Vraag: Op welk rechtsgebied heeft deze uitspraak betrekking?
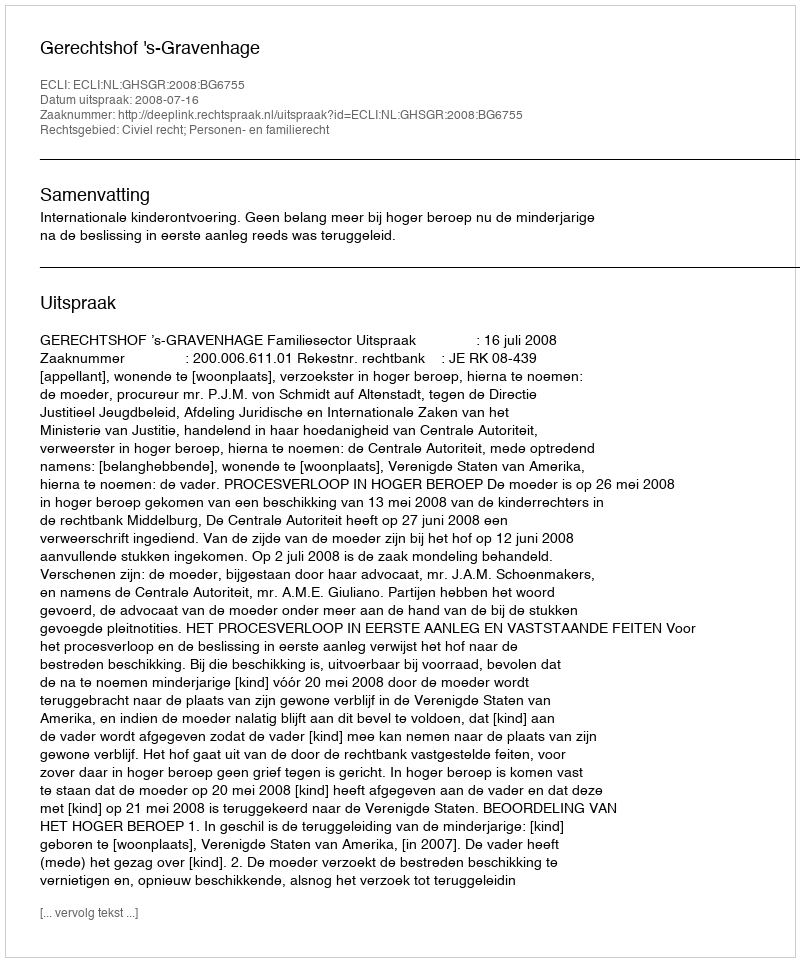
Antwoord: Civiel recht; Personen- en familierecht